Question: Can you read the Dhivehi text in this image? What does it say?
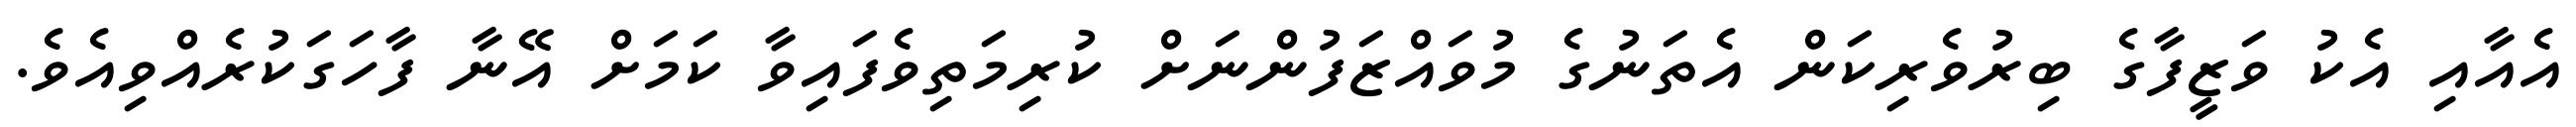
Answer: އެއާއި އެކު ވަޒީފާގެ ބިރުވެރިކަން އެތަނުގެ މުވައްޒަފުންނަށް ކުރިމަތިވެފައިވާ ކަމަށް އޭނާ ފާހަގަކުރެއްވިއެވެ.